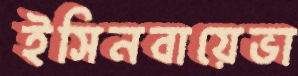
ইসিনবায়েভা